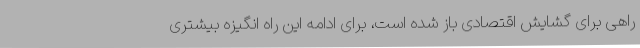
راهی برای گشایش اقتصادی باز شده است، برای ادامه این راه انگیزه بیشتری